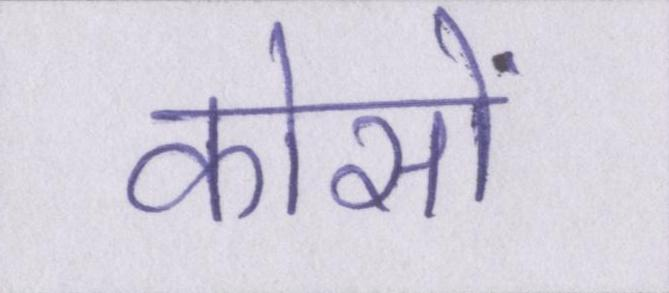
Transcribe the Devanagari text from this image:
कोसों